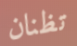
تظنان